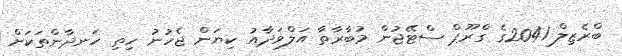
ބްރެޒިލް 2041ގެ ގްރޫޕް ސްޓޭޖުން މުބާރާތާ އަލްވަދާއު ކިޔަން ޖެހުނު ހިތި ހަނދާންތަކަށް